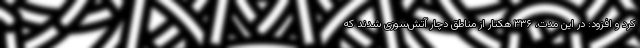
کرد و افزود: در این مدت، ۳۳۶ هکتار از مناطق دچار آتش‌سوزی شدند که